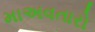
માઅવતારો